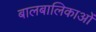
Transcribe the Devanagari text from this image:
बालबालिकाओं